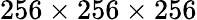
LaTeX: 256\times 256\times 256